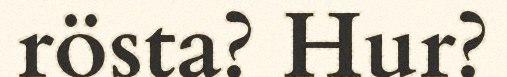
rösta? Hur?